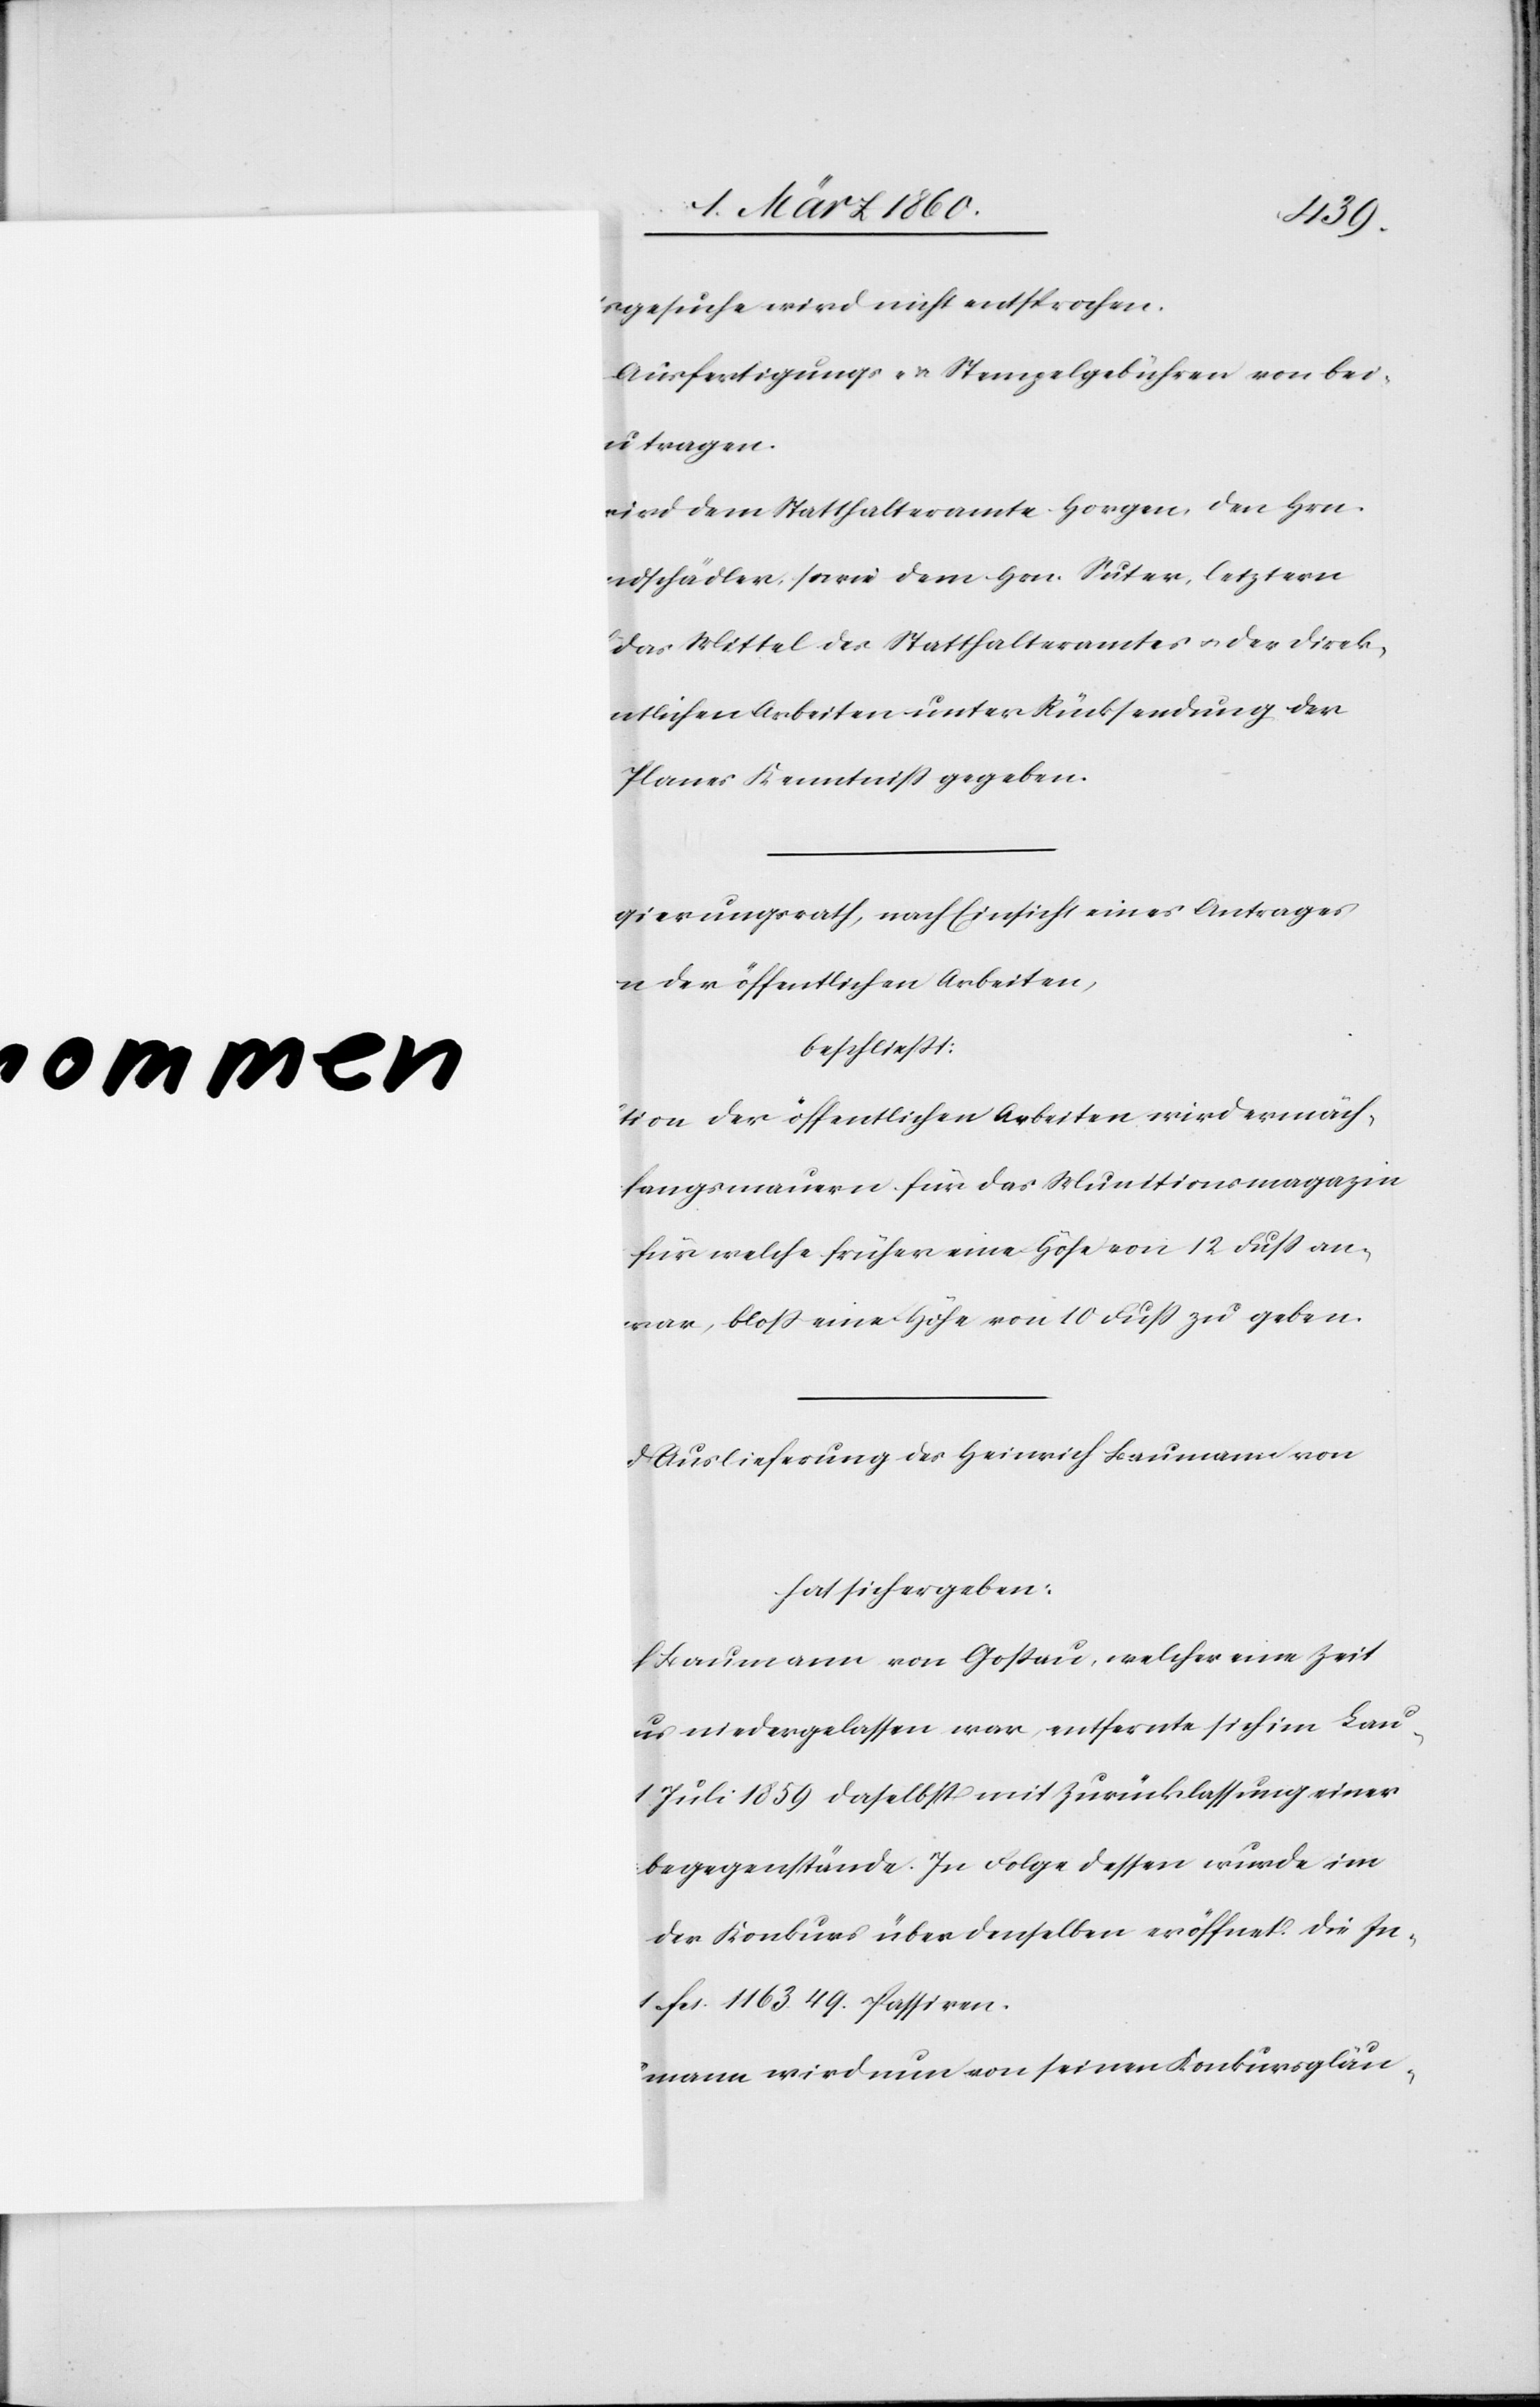
B.

Bau¬

1859
tgesuche wird nicht entsprochen.
Ausfertigungs- u. Stempelgebühren von bei¬
zu tragen.
wird dem Statthalteramte Horgen den Hrn.
ndschädler, sowie dem Hrn. Suter, letztern
das Mittel des Statthalteramtes u. der Direk¬
entlichen Arbeiten unter Rücksendung der
Planes Kenntniß gegeben.
gierungsrath, nach Einsicht eines Antrages
ion der öffentlichen Arbeiten,
beschliesst:
tion der öffentlichen Arbeiten wird ermäch¬
fangsmauern für das Munitionsmagazin
für welche früher eine Höhe von 12 Fuss an¬
war, bloss eine Höhe von 10 Fuss geben.
d Auslieferung des Heinrich Baumann von
hat sich ergeben:
ch Baumann von Gossau, welcher eine Zeit
us niedergelassen war, entfernte sich im Laufe
t Juli 1859 daselbst mit Zurücklassung einer
begegenstände. In Folge dessen wurde im
der Konkurs über denselben eröffnet. Die In¬
fcs. 1163. 49 Passiven.
mann wird nun von seinen Konkursgläu-